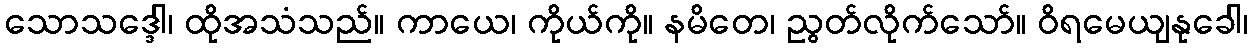
သောသဒ္ဒေါ၊ ထိုအသံသည်။ ကာယေ၊ ကိုယ်ကို။ နမိတေ၊ ညွတ်လိုက်သော်။ ဝိရမေယျနုခေါ၊